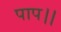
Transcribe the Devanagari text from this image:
पाप।।